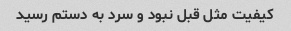
کیفیت مثل قبل نبود و سرد به دستم رسید